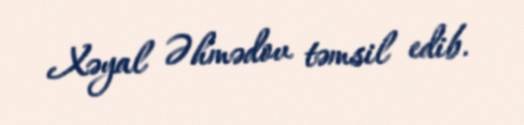
Xəyal Əhmədov təmsil edib.